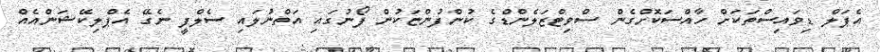
އެޕަލް ޑިވައިސްތަކަށް ހާއްސަކޮށްގެން ސްވިޓްޒަލެންޑްގެ ކުންފުންޏަކުން ފޯނުގައި އަތްނުލައި ސެލްފީ ނެގޭ އެޕްލިކޭޝަންއެއް